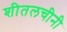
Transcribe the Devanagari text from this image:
शीतलचीनी